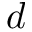
d